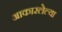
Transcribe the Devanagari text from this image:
आकारलेल्या